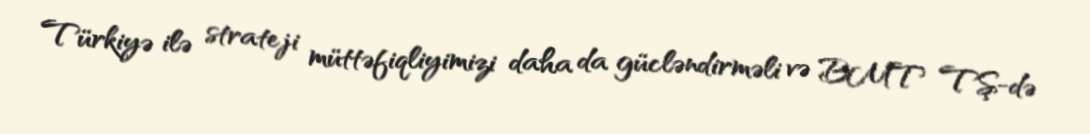
Türkiyə ilə strateji müttəfiqliyimizi daha da gücləndirməli və BMT TŞ-də